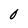
Character: O